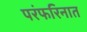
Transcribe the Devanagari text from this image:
परंफरिनात